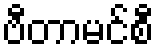
ဗီတာမင်စီ